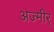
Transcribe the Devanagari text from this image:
अज्मीर्